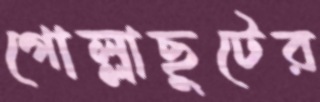
গোল্লাছুটের